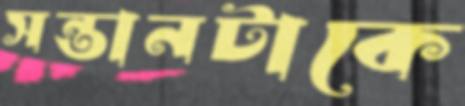
সন্তানটাকে